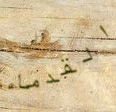
القدماء